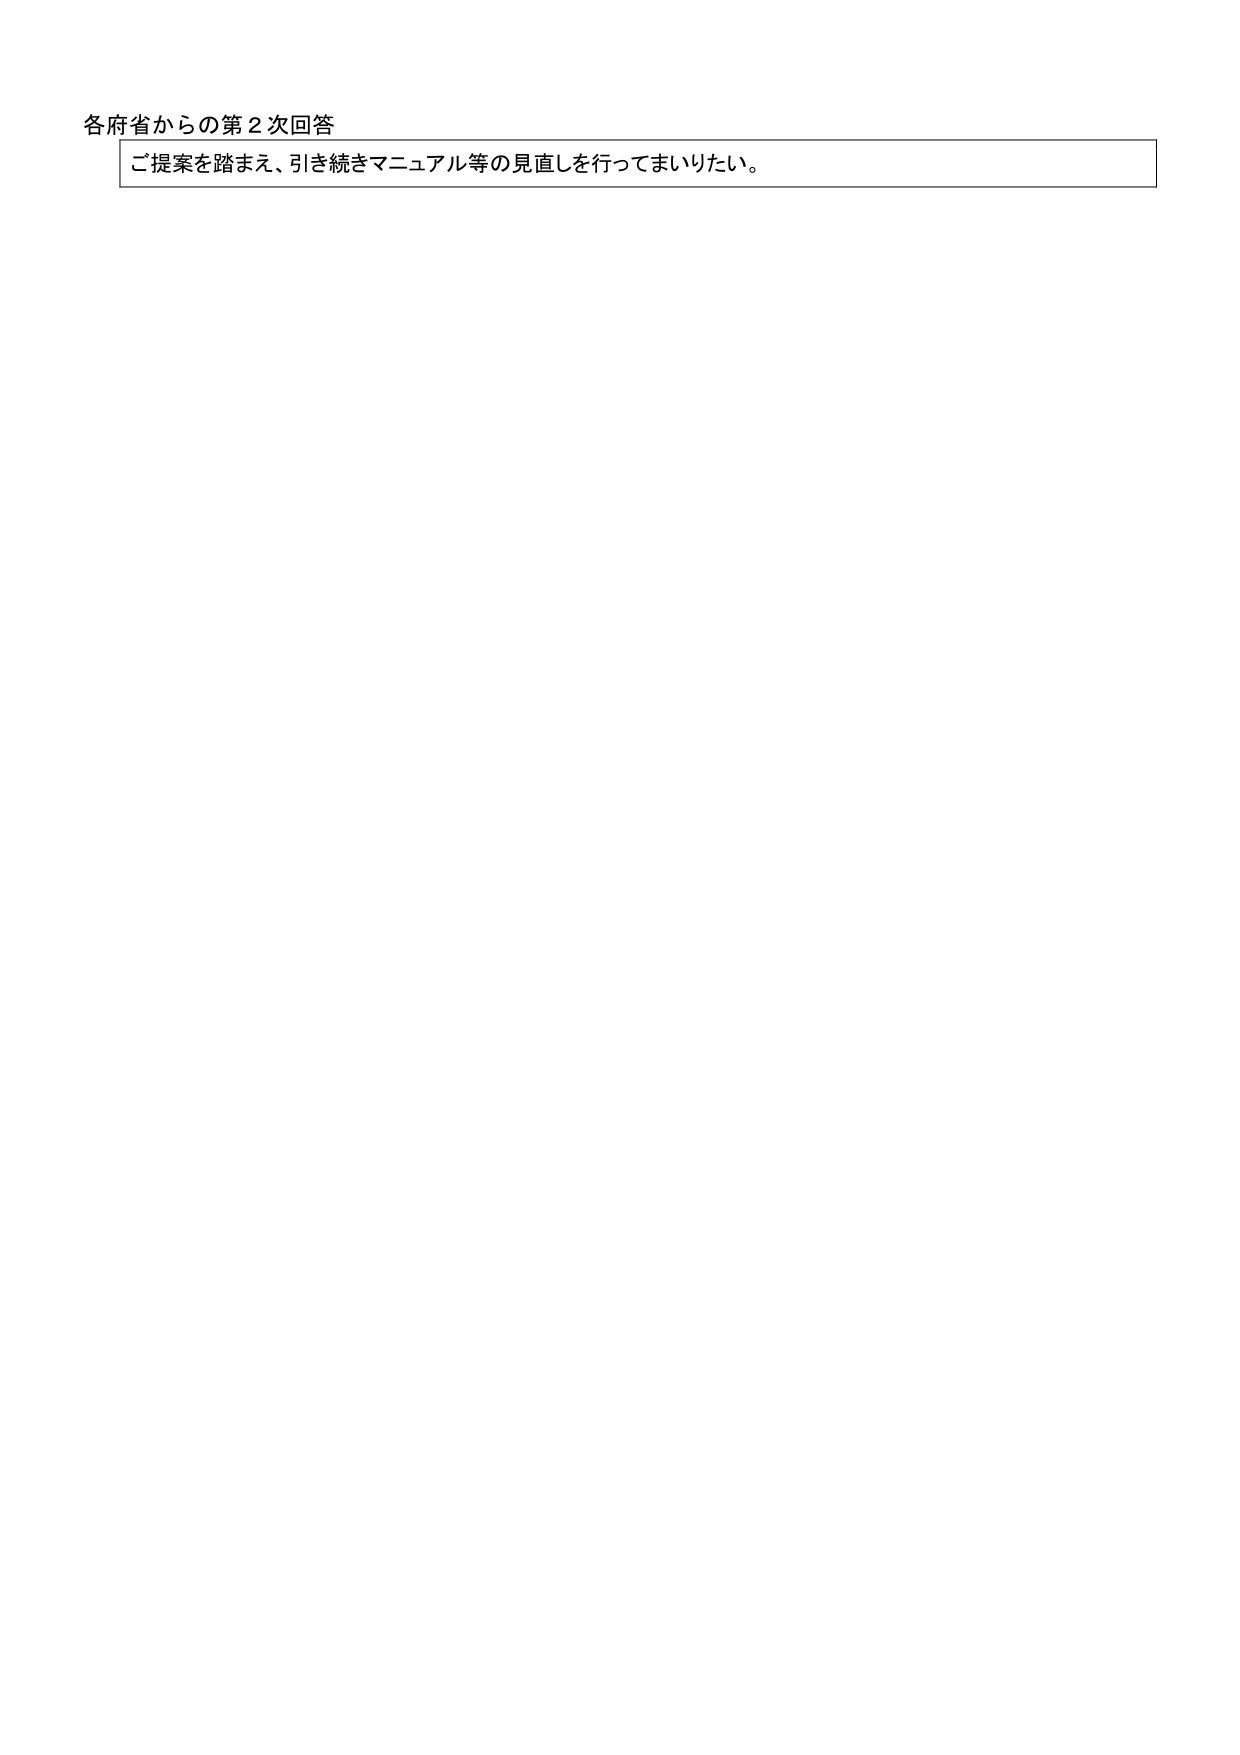
各府省からの第２次回答
ご提案を踏まえ、引き続きマニュアル等の見直しを行ってまいりたい。